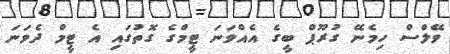
ވޭލްސް ހިމެނޭ ގުރޫޕް ބީގެ އެއްވަނަ ޓީމްގެ ގޮތުގައި އެ ޓީމް ދެވަނަ